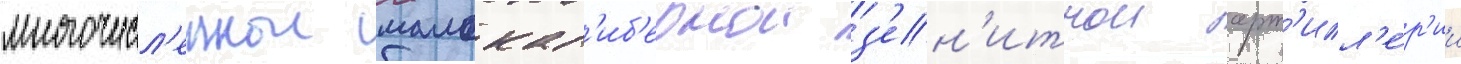
многочисл'еннои малокал'иб'ернои з'ен'итнои арт'илл'е́р'ии